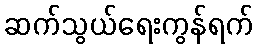
ဆက်သွယ်ရေးကွန်ရက်